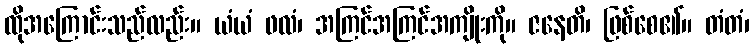
ထိုအကြောင်းသည်လည်း။ ယံယံ ဖလံ၊ အကြင်အကြင်အကျိုးကို။ ဇနေတိ၊ ဖြစ်စေ၏။ တံတံ၊